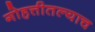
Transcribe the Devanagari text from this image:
गोहत्तीतल्याच